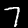
Label: 7